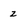
Character: z